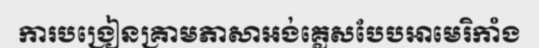
ការបង្រៀនគ្រាមភាសាអង់គ្លេសបែបអាមេរិកាំង